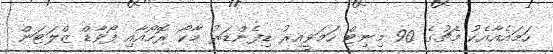
ހަމައެއާއެކު މެޗުގެ 90 މިނިޓް ހަމަވީއިރު ޑިފެންޑަރު މާކޯ ރޮހޯއާއި ފޯވާޑް ޒްލަޓަން